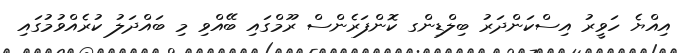
އިއްޔެ ހަވީރު އިސްކަންދަރު ބިލްޑިންގ ކޮންފަރެންސް ރޫމްގައި ބޭއްވި މި ބައްދަލު ކުރެއްވުމުގައި